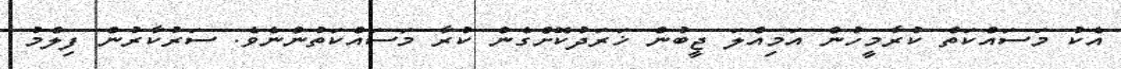
އެކު މަސައްކަތް ކުރާމީހުން އަމިއްލަ ޖީބުން ޚަރަދުކޮށްގެން ކުރާ މަސައްކަތުންނެވެ. ސަރުކާރުން ފިލްމު